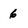
Character: 6